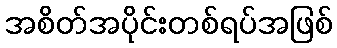
အစိတ်အပိုင်းတစ်ရပ်အဖြစ်